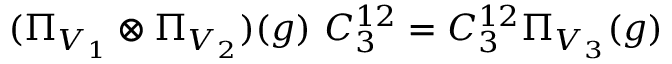
( \Pi _ { V _ { 1 } } \otimes \Pi _ { V _ { 2 } } ) ( g ) \ C _ { 3 } ^ { 1 2 } = C _ { 3 } ^ { 1 2 } \Pi _ { V _ { 3 } } ( g )